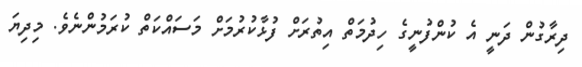
ދިރާގުން ދަނީ އެ ކުންފުނީގެ ހިދުމަތް އިތުރަށް ފުޅާކުރުމަށް މަސައްކަތް ކުރަމުންނެވެ. މިދިޔަ